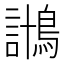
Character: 𱈱